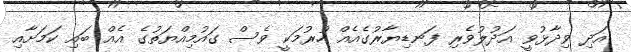
އަދި ވިދާޅުވީ އަދުލުވެރި ފަނޑިޔާރުގެއެއް ހުރުމަކީ ވެސް ގައުމިއްޔަތުގެ އެއް ބައި ކަމަށާއި